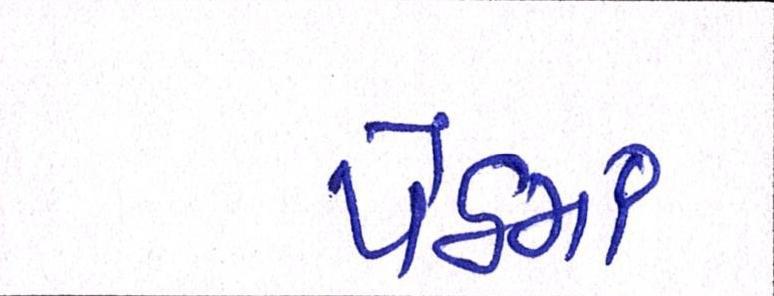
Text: પેઠમાં